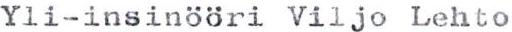
Yli-insinööri Viljo Lehto